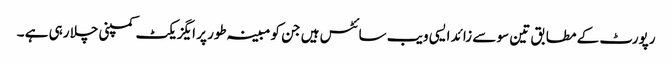
رپورٹ کے مطابق تین سو سے زائد ایسی ویب سائٹس ہیں جن کو مبینہ طور پر ایگزیکٹ کمپنی چلا رہی ہے ۔